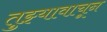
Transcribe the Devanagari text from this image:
तुझ्यावाचून